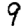
Digit: 9